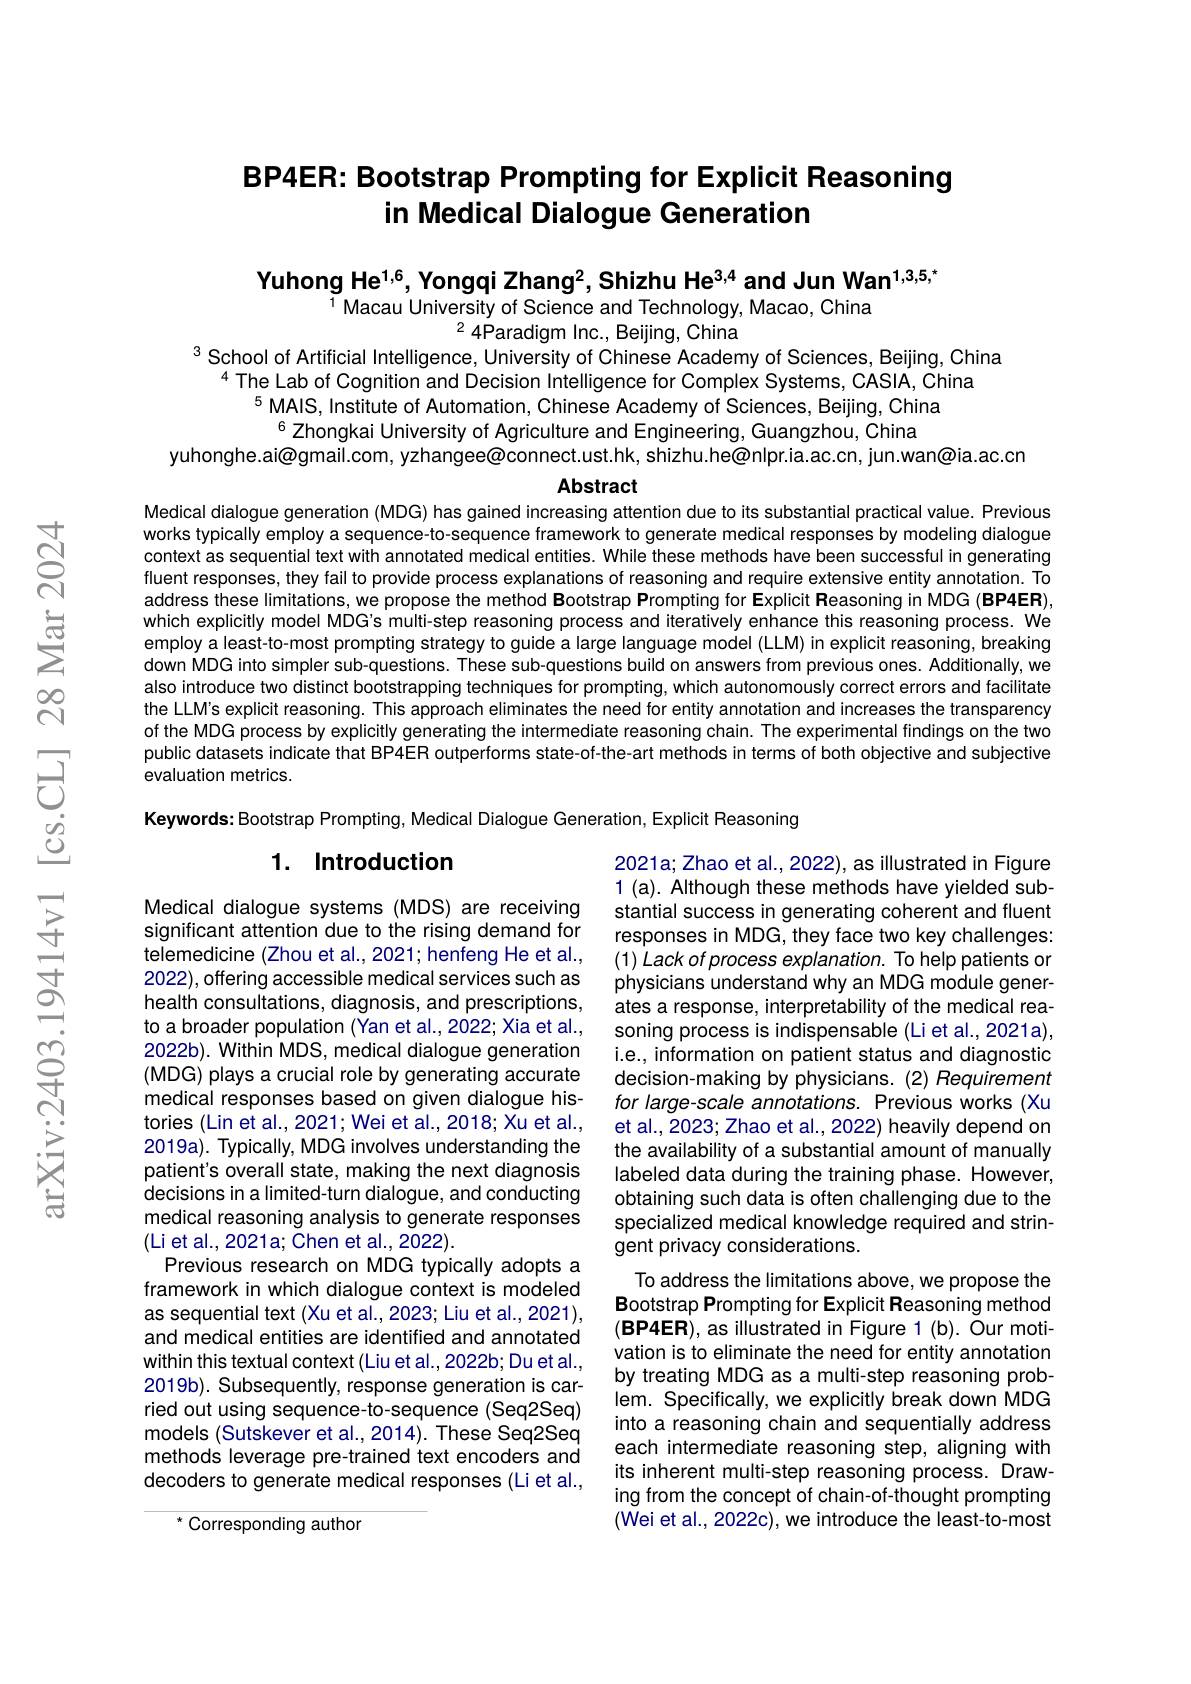
# BP4ER: Bootstrap Prompting for Explicit Reasoning in Medical Dialogue Generation

Yuhong He$^{1,6}$, Yongqi Zhang$^2$,Shizhu He$^3,4$ and Jun Wan$^{1,3,5,^*}$

$^{1}$ Macau University of Science and Technology, Macao, China

$^{2}4$Paradigm Inc., Beijing, China

$^{3}$ School of Artificial Intelligence, University of Chinese Academy of Sciences, Beijing, China
$^{4}$ The Lab of Cognition and Decision Intelligence for Complex Systems, CASIA, China
$^{5}$MAIS, Institute of Automation, Chinese Academy of Sciences, Beijing, China
$^{6}$ Zhongkai University of Agriculture and Engineering, Guangzhou, China
yuhonghe.ai@gmail.com, yzhangee@connect.ust.hk, shizhu.he@nlpr.ia.ac.cn, jun.wan@ia.ac.cn

### Abstract

Medical dialogue generation (MDG) has gained increasing attention due to its substantial practical value. Previous works typically employ a sequence-to-sequence framework to generate medical responses by modeling dialogue context as sequential text with annotated medical entities. While these methods have been successful in generating fluent responses, they fail to provide process explanations of reasoning and require extensive entity annotation. To address these limitations, we propose the method Bootstrap Prompting for Explicit Reasoning in MDG (BP4ER), which explicitly model MDG's multi-step reasoning process and iteratively enhance this reasoning process. We employ a least-to-most prompting strategy to guide a large language model (LLM) in explicit reasoning, breaking down MDG into simpler sub-questions. These sub-questions build on answers from previous ones. Additionally, we also introduce two distinct bootstrapping techniques for prompting, which autonomously correct errors and facilitate the LLW's explicit reasoning. This approach eliminates the need for entity annotation and increases the transparency of the MDG process by explicitly generating the intermediate reasoning chain. The experimental findings on the two public datasets indicate that BP4ER outperforms state-of-the-art methods in terms of both objective and subjective evaluation metrics.

Keywords: Bootstrap Prompting, Medical Dialogue Generation, Explicit Reasoning

### 1. Introduction

2021a; Zhao et al., 2022), as illustrated in Figure 1 (a). Although these methods have yielded substantial success in generating coherent and fluent responses in MDG, they face two key challenges: $( 1) \textit{Lack of process explanation. To help patients or}$ physicians understand why an MDG module generates a response, interpretability of the medical reasoning process is indispensable (Li et al., 2021a), i.e., information on patient status and diagnostic decision-making by physicians. (2) Requirement for large-scale annotations. Previous works (Xu et al., 2023; Zhao et al., 2022) heavily depend on the availability of a substantial amount of manually labeled data during the training phase. However, obtaining such data is often challenging due to the specialized medical knowledge required and stringent privacy considerations.
To address the limitations above, we propose the Bootstrap Prompting for Explicit Reasoning method $(\mathbf{BP4ER})$, as illustrated in Figure 1 (b). Our motivation is to eliminate the need for entity annotation by treating MDG as a multi-step reasoning problem. Specifically, we explicitly break down MDG into a reasoning chain and sequentially address each intermediate reasoning step, aligning with its inherent multi-step reasoning process. Drawing from the concept of chain-of-thought prompting (Wei et al., 2022c), we introduce the least-to-most

Medical dialogue systems (MDS) are receiving significant attention due to the rising demand for telemedicine (Zhou et al., 2021; henfeng He et al., 2022), offering accessible medical services such as health consultations, diagnosis, and prescriptions, to a broader population (Yan et al., 2022; Xia et al., 2022b). Within MDS, medical dialogue generation (MDG) plays a crucial role by generating accurate medical responses based on given dialogue histories (Lin et al., 2021; Wei et al., 2018; Xu et al., 2019a). Typically, MDG involves understanding the patient's overall state, making the next diagnosis decisions in a limited-turn dialogue, and conducting medical reasoning analysis to generate responses (Li et al., 2021a; Chen et al., 2022).
Previous research on MDG typically adopts a framework in which dialogue context is modeled as sequential text (Xu et al., 2023; Liu et al., 2021), and medical entities are identified and annotated within this textual context (Liu et al.,2022b; Du et al., 2019b). Subsequently, response generation is car ried out using sequence-to-sequence (Seq2Seq) models (Sutskever et al., 2014). These Seq2Seq methods leverage pre-trained text encoders and decoders to generate medical responses (Li et al.,
<FigureHere>